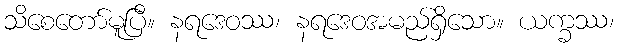
သိစေတော်မူပြီ။ နရဒေဝဿ၊ နရဒေဝအမည်ရှိသော။ ယက္ခဿ၊